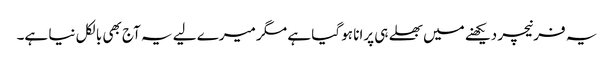
یہ فرنیچر دیکھنے میں بھلے ہی پرانا ہو گیا ہے مگر میرے لیے یہ آج بھی بالکل نیا ہے۔